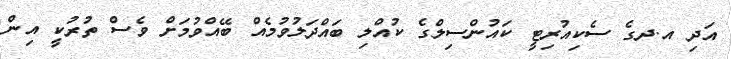
އަދި އ.ދގެ ސެކިއުރިޓީ ކައުންސިލްގެ ކުއްލި ބައްދަލުވުމެއް ބޭއްވުމަށް ވެސް ތުރުކީ އިން